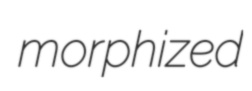
morphized